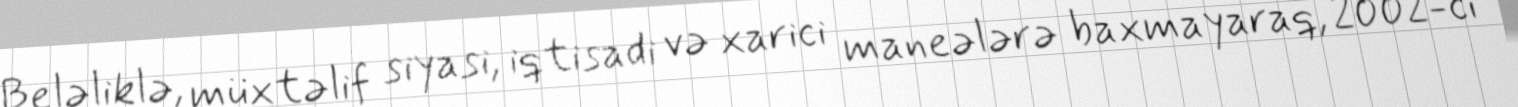
Beləliklə, müxtəlif siyasi, iqtisadi və xarici maneələrə baxmayaraq, 2002-ci